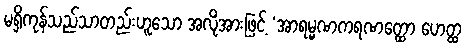
မရှိကုန်သည်သာတည်းဟူသော အလိုအားဖြင့် ‘အာရမ္မဏကရဏတ္ထော ဟေတ္ထ